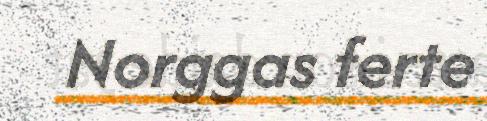
Norggas ferte